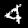
Label: 4